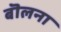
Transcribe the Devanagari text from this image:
बॊलना